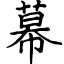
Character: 幕